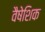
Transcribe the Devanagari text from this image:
वैषेशिक